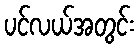
ပင်လယ်အတွင်း